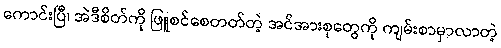
ကောင်းပြီ၊ အဲဒီစိတ်ကို ဖြူစင်စေတတ်တဲ့ အင်အားစုတွေကို ကျမ်းစာမှာလာတဲ့